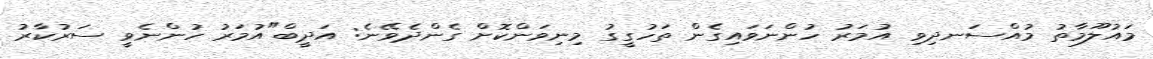
މައުލޫމާތު މުއްސަނދިވި އުމަރު ހުންނަވައިގެން ތަހުގީގު މިނިވަންކޮށް ގެންދެވޭނެ: އަދީބް"އުމަރު ހުންނެވީ ސަރުކާރު